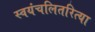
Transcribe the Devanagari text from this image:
स्वयंचलितरित्या